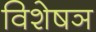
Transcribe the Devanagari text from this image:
विशेषञ